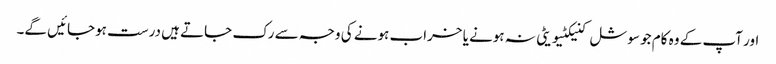
اور آپ کے وہ کام جو سوشل کنیکٹیویٹی نہ ہونے یا خراب ہونے کی وجہ سے رک جاتے ہیں درست ہوجائیں گے۔